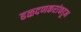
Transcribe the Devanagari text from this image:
हळदणकरांकडून